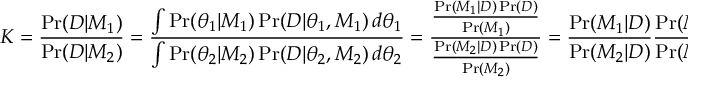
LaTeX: K = { \frac { \operatorname* { P r } ( D | M _ { 1 } ) } { \operatorname* { P r } ( D | M _ { 2 } ) } } = { \frac { \int \operatorname* { P r } ( \theta _ { 1 } | M _ { 1 } ) \operatorname* { P r } ( D | \theta _ { 1 } , M _ { 1 } ) \, d \theta _ { 1 } } { \int \operatorname* { P r } ( \theta _ { 2 } | M _ { 2 } ) \operatorname* { P r } ( D | \theta _ { 2 } , M _ { 2 } ) \, d \theta _ { 2 } } } = { \frac { \frac { \operatorname* { P r } ( M _ { 1 } | D ) \operatorname* { P r } ( D ) } { \operatorname* { P r } ( M _ { 1 } ) } } { \frac { \operatorname* { P r } ( M _ { 2 } | D ) \operatorname* { P r } ( D ) } { \operatorname* { P r } ( M _ { 2 } ) } } } = { \frac { \operatorname* { P r } ( M _ { 1 } | D ) } { \operatorname* { P r } ( M _ { 2 } | D ) } } { \frac { \operatorname* { P r } ( M _ { 2 } ) } { \operatorname* { P r } ( M _ { 1 } ) } } .